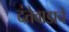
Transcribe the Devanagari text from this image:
दंतेवाडाचे